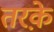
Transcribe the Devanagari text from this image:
तरक़े